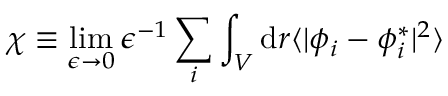
\chi \equiv \operatorname* { l i m } _ { \epsilon \rightarrow 0 } \epsilon ^ { - 1 } \sum _ { i } \int _ { V } \mathrm { d } \boldsymbol { r } \langle \vert \phi _ { i } - \phi _ { i } ^ { * } \vert ^ { 2 } \rangle